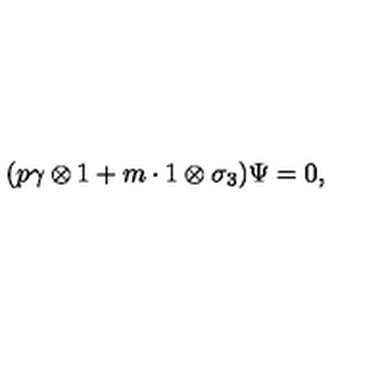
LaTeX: ( p \gamma \otimes 1 + m \cdot 1 \otimes \sigma _ { 3 } ) \Psi = 0 ,